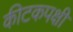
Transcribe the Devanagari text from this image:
कीटकपक्षी